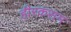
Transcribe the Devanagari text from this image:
हीरकसम